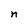
Character: n